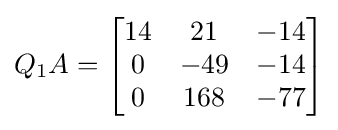
Q_{1}A={\begin{bmatrix}14&21&-14\\0&-49&-14\\0&168&-77\end{bmatrix}}